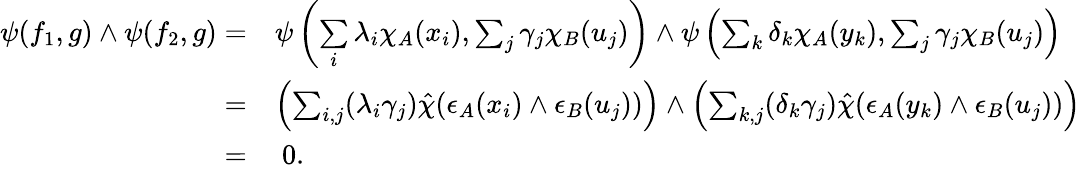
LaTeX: \begin{array}{rl}{\psi(f_{1},g)\wedge\psi(f_{2},g)=}&{\psi\left(\underset{i}\sum\lambda_{i}\chi_{A}(x_{i}),\sum_{j}\gamma_{j}\chi_{B}(u_{j})\right)\wedge\psi\left(\sum_{k}\delta_{k}\chi_{A}(y_{k}),\sum_{j}\gamma_{j}\chi_{B}(u_{j})\right)}\\ {=}&{\left(\sum_{i,j}(\lambda_{i}\gamma_{j})\hat{\chi}(\epsilon_{A}(x_{i})\wedge\epsilon_{B}(u_{j}))\right)\wedge\left(\sum_{k,j}(\delta_{k}\gamma_{j})\hat{\chi}(\epsilon_{A}(y_{k})\wedge\epsilon_{B}(u_{j}))\right)}\\ {=}&{\ 0.}\end{array}